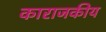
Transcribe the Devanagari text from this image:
काराजकीय